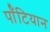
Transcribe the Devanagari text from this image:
पॉँटियान